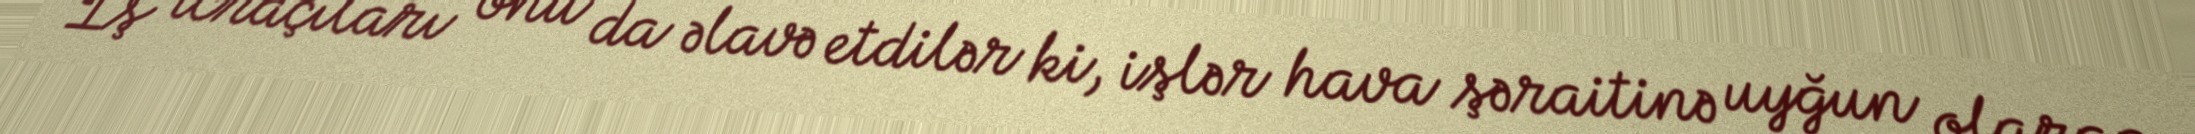
İş icraçıları onu da əlavə etdilər ki, işlər hava şəraitinə uyğun olaraq